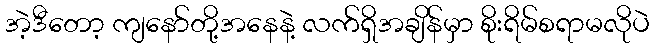
အဲ့ဒီတော့ ကျနော်တို့အနေနဲ့ လက်ရှိအချိန်မှာ စိုးရိမ်စရာမလိုပဲ